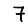
Digit: 7